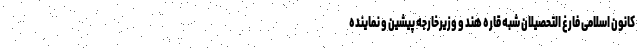
کانون اسلامی فارغ التحصیلان شبه قاره هند و وزیرخارجه پیشین و نماینده